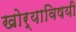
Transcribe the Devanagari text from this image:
खोर्‍याविषयी